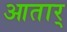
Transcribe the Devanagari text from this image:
आतार्